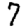
Digit: 7